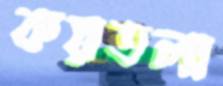
কয়তলা